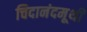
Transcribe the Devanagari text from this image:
चिदानंदमूर्थी